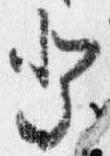
祭